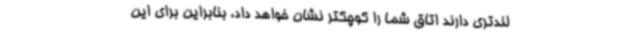
لندتری دارند اتاق شما را کوچکتر نشان خواهد داد، بنابراین برای این